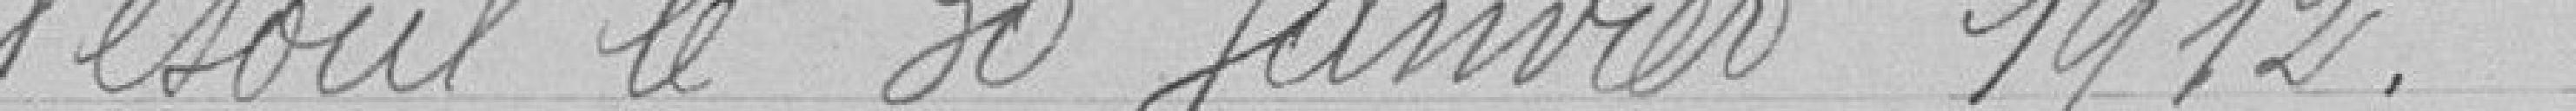
Vesoul le 30 janvier 1912